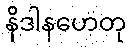
နိဒါနဟေတု